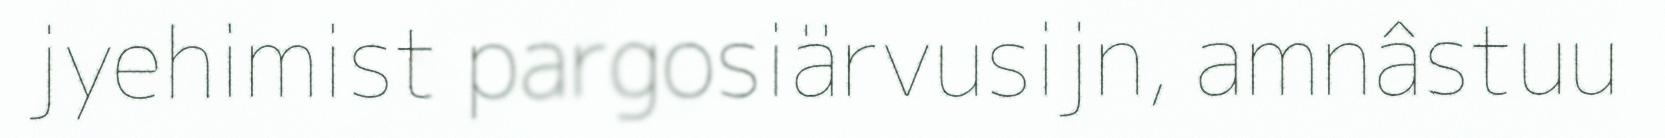
jyehimist pargosiärvusijn, amnâstuu